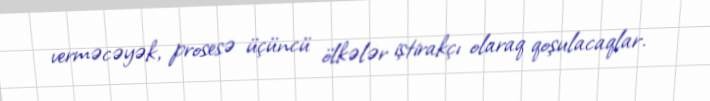
verməcəyək, prosesə üçüncü ölkələr iştirakçı olaraq qoşulacaqlar.